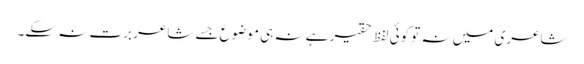
شاعری میں نہ تو کوئی لفظ حقیر ہے نہ ہی موضوع جسے شاعر برت نہ سکے۔